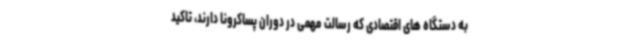
به دستگاه های اقتصادی که رسالت مهمی در دوران پساکرونا دارند، تاکید